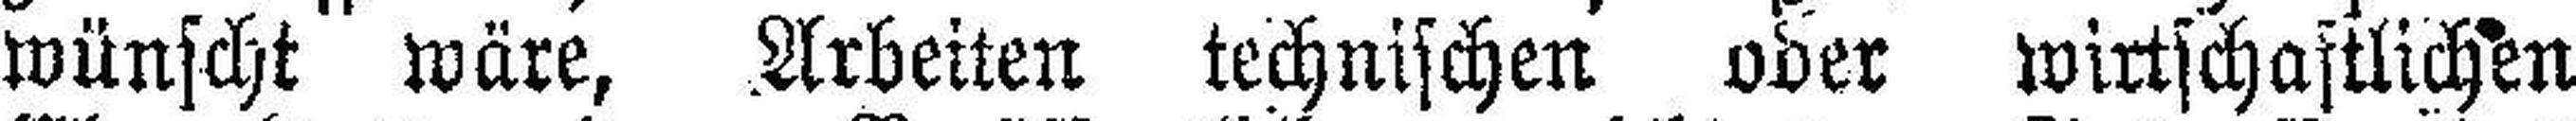
wünscht wäre, Arbeiten technischen oder wirtschaftlichen